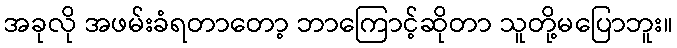
အခုလို အဖမ်းခံရတာတော့ ဘာကြောင့်ဆိုတာ သူတို့မပြောဘူး။